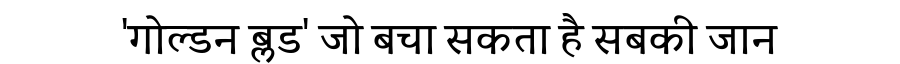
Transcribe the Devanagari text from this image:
'गोल्डन ब्लड' जो बचा सकता है सबकी जान